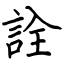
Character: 詮